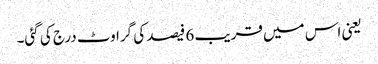
یعنی اس میں قریب 6 فیصد کی گراوٹ درج کی گئی۔